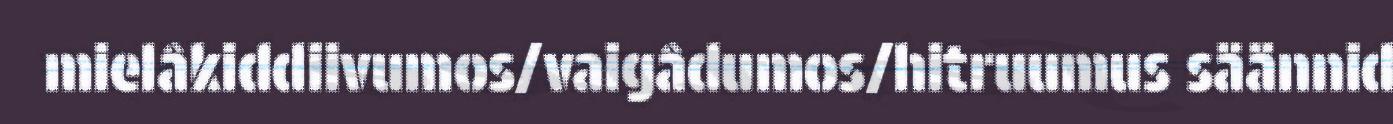
mielâkiddiivumos/vaigâdumos/hitruumus säännid